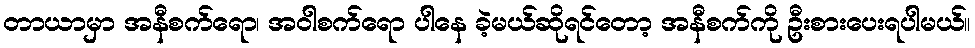
တာယာမှာ အနီစက်ရော၊ အဝါစက်ရော ပါနေ ခဲ့မယ်ဆိုရင်တော့ အနီစက်ကို ဦးစားပေးရပါမယ်။